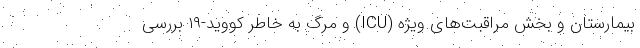
بیمارستان و بخش مراقبت‌های ویژه (ICU) و مرگ به خاطر کووید-۱۹ بررسی